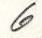
6